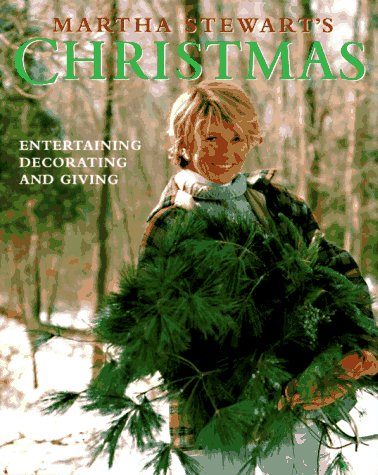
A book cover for Martha Stewart's Christmas; Martha Stewart; Cookbooks, Food & Wine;